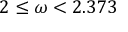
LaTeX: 2 \leq \omega < 2 . 3 7 3